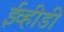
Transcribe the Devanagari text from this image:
ईव्हीडी